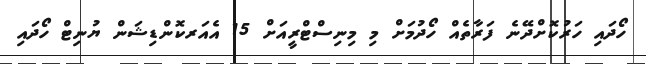
ހޯދައި ހަރުކޮށްދޭނެ ފަރާތެއް ހޯދުމަށް މި މިނިސްޓްރީއަށް 15 އެއަރކޮންޑިޝަން ޔުނިޓް ހޯދައި